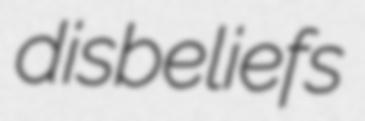
disbeliefs